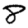
Digit: 8